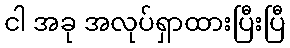
ငါ အခု အလုပ်ရှာထားပြီးပြီ